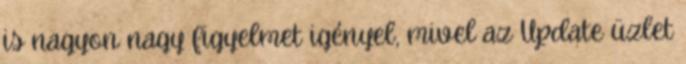
is nagyon nagy figyelmet igényel, mivel az Update üzlet